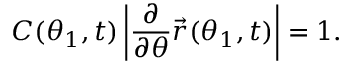
C ( \theta _ { 1 } , t ) \left| \frac { \partial } { \partial \theta } \vec { r } ( \theta _ { 1 } , t ) \right| = 1 .